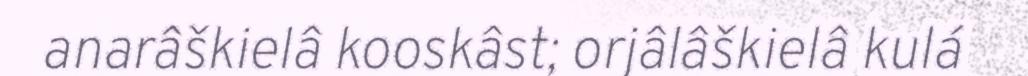
anarâškielâ kooskâst; orjâlâškielâ kulá